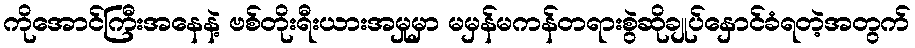
ကိုအောင်ကြီးအနေနဲ့ ဗစ်တိုးရီးယားအမှုမှာ မမှန်မကန်တရားစွဲဆိုချုပ်နှောင်ခံရတဲ့အတွက်